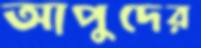
আপুদের